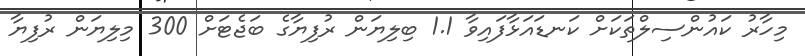
މިހާރު ކައުންސިލްތަކަށް ކަނޑައަޅާފައިވާ 1.1 ބިލިޔަން ރުފިޔާގެ ބަޖެޓަށް 300 މިލިޔަން ރުފިޔާ